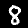
Label: 8